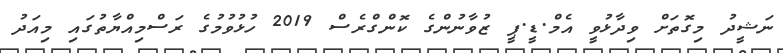
ނަޝީދު މިގޮތަށް ވިދާޅުވީ އެމް.ޑީ.ޕީ ޒުވާނުންގެ ކޮންގްރެސް 2019 ހުޅުވުމުގެ ރަސްމިއްޔާތުގައި މިއަދު